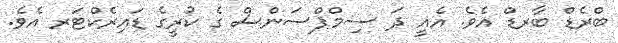
ބްރެޑް ބާރޑް އެވެ. އެއީ ދަ ސިމްޕްސަންސް ގެ ކުރީގެ ޑައިރެކްޓަރ އެވެ.